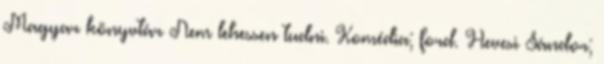
Magyar könyvtár Nem lehessen tudni. Komédia; ford. Hevesi Sándor;